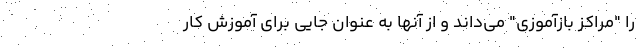
را "مراکز بازآموزی" می‌داند و از آنها به عنوان جایی برای آموزش کار